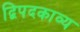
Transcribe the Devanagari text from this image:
द्विपदकाव्य